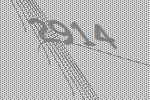
2914